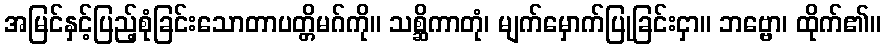
အမြင်နှင့်ပြည့်စုံခြင်းသောတာပတ္တိမဂ်ကို။ သစ္ဆိကာတုံ၊ မျက်မှောက်ပြုခြင်းငှာ။ ဘဗ္ဗော၊ ထိုက်၏။